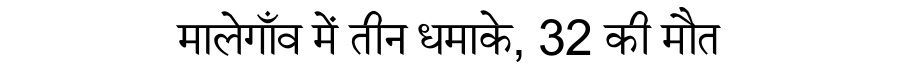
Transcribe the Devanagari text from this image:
मालेगाँव में तीन धमाके, 32 की मौत